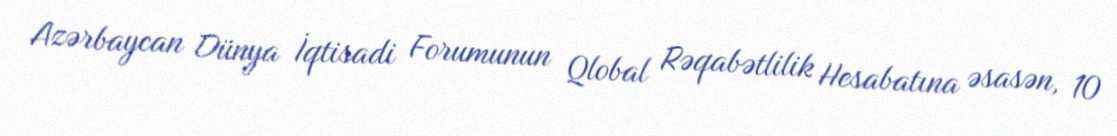
Azərbaycan Dünya İqtisadi Forumunun Qlobal Rəqabətlilik Hesabatına əsasən, 10